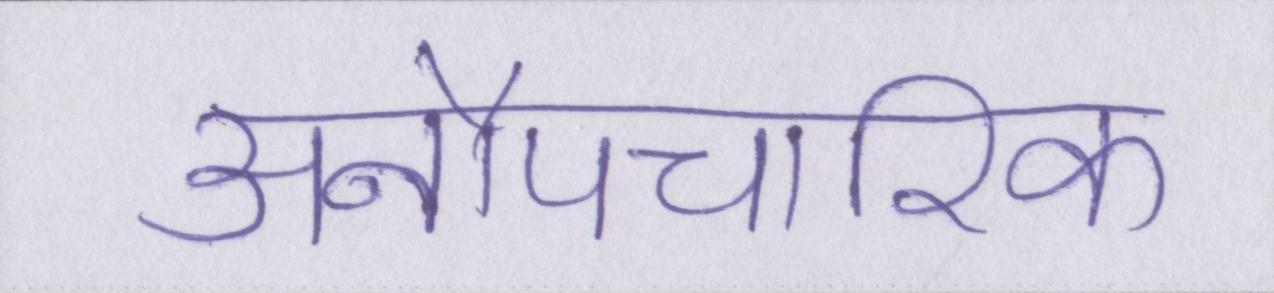
अनौपचारिक